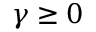
\gamma \geq 0